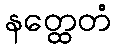
နတ္ထေတံ